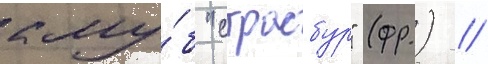
клу́б "страсбур" (фр.) //